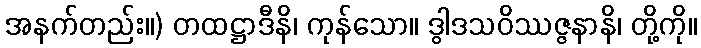
အနက်တည်း။) တထဋ္ဌာဒီနိ၊ ကုန်သော။ ဒွါဒသဝိဿဇ္ဇနာနိ၊ တို့ကို။